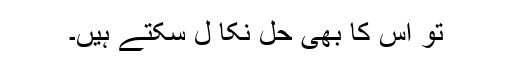
تو اس کا بھی حل نکا ل سکتے ہیں۔